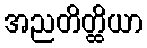
အညတိတ္ထိယာ